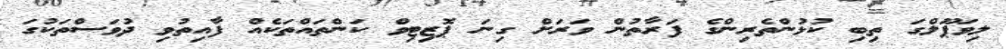
ލިވަޕޫލްގަ ތިބި ކުޅުންތެރިންގެ ފަރާތުން ވަރަށް ގިނަ ޕޮޒިޓިވް ކަންތައްތަކެއް ފާއިތުވި ދުވަސްތަކުގަ